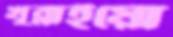
খুব্‌লাইয়ো